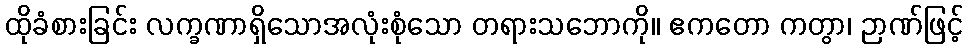
ထိုခံစားခြင်း လက္ခဏာရှိသောအလုံးစုံသော တရားသဘောကို။ ဧကတော ကတွာ၊ ဉာဏ်ဖြင့်